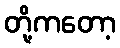
တို့ကတော့